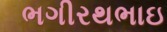
ભગીરથભાઇ